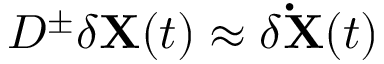
D ^ { \pm } \delta \mathbf { X } ( t ) \approx \delta \mathbf { \dot { X } } ( t )